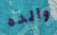
والده